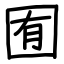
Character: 囿